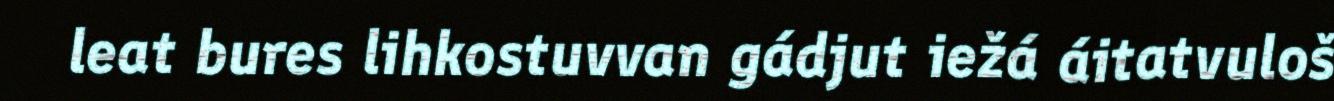
leat bures lihkostuvvan gádjut iežá áitatvuloš